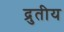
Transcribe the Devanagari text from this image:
द्रुतीय